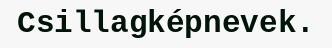
Csillagképnevek.